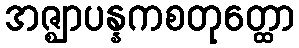
အဇ္ဈာပန္နကစတုတ္ထော